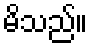
မိသည်။